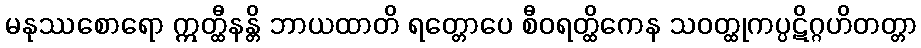
မနုဿစောရော ဣတ္ထီနန္တိ ဘာယထာတိ ရတ္တောပေ စီဝရတ္ထိကေန သဝတ္ထုကပ္ပဋိဂ္ဂဟိတတ္တာ